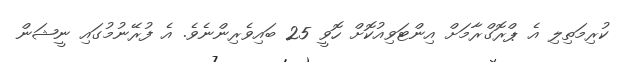
ކުރިމަތިލި އެ ޕްރޮގްރާމަށް އިންޓަވިއުކޮށް ހޮވީ 25 ބައިވެރިންނެވެ. އެ ފުރޭނުމުގައި ނީޝަން